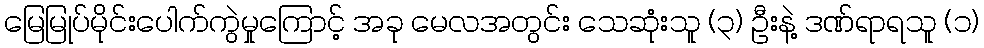
မြေမြုပ်မိုင်းပေါက်ကွဲမှုကြောင့် အခု မေလအတွင်း သေဆုံးသူ (၃) ဦးနဲ့ ဒဏ်ရာရသူ (၁)